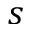
s